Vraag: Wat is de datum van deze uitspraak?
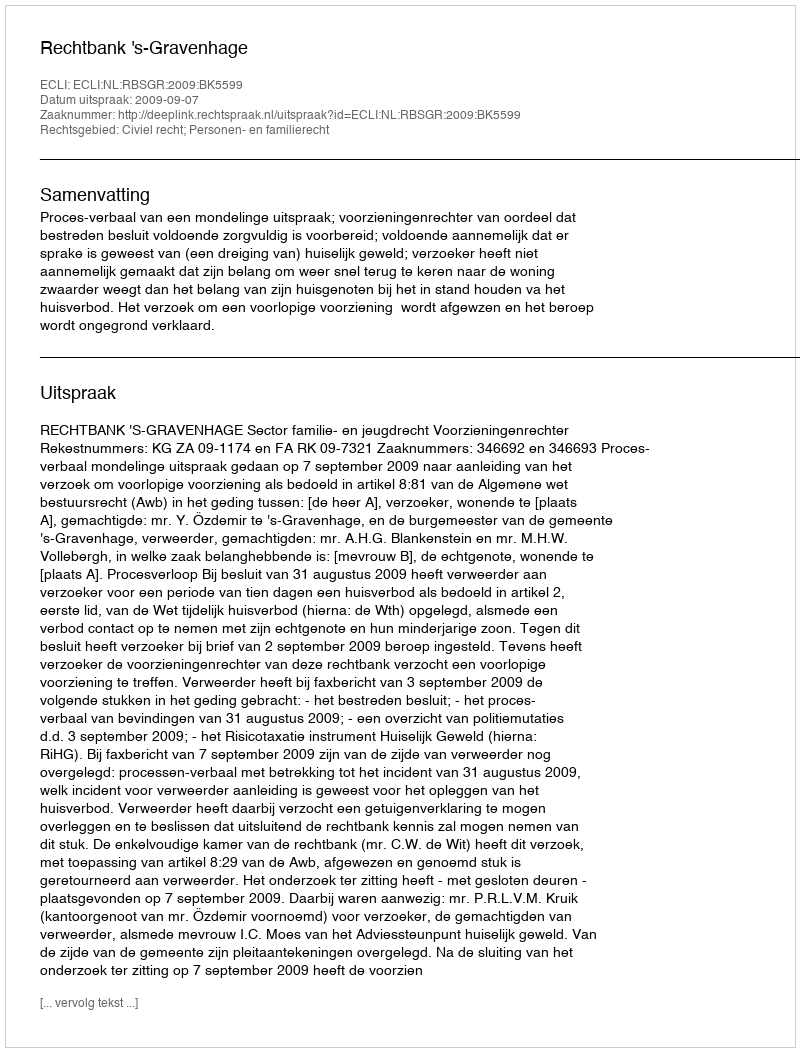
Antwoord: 2009-09-07